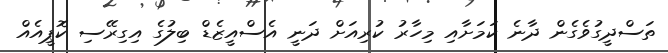
ތަސްދީގުވެގެން ދާނެ ކަމަށާއި މިހާރު ކުރިއަށް ދަނީ އެސްއީޒެޑް ބިލުގެ އިގިރޭސި ކޮޕީއެއް